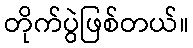
တိုက်ပွဲဖြစ်တယ်။